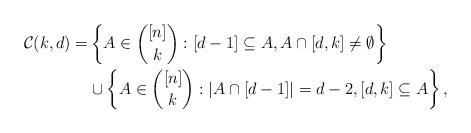
LaTeX: \begin{align*}\mathcal C(k,d)= & \left\{A\in\binom{[n]}{k}:[d-1]\subseteq A,A\cap[d,k]\neq\emptyset\right\}\\& \cup \left\{A\in\binom{[n]}{k}:|A\cap[d-1]|=d-2,[d,k]\subseteq A \right\},\end{align*}